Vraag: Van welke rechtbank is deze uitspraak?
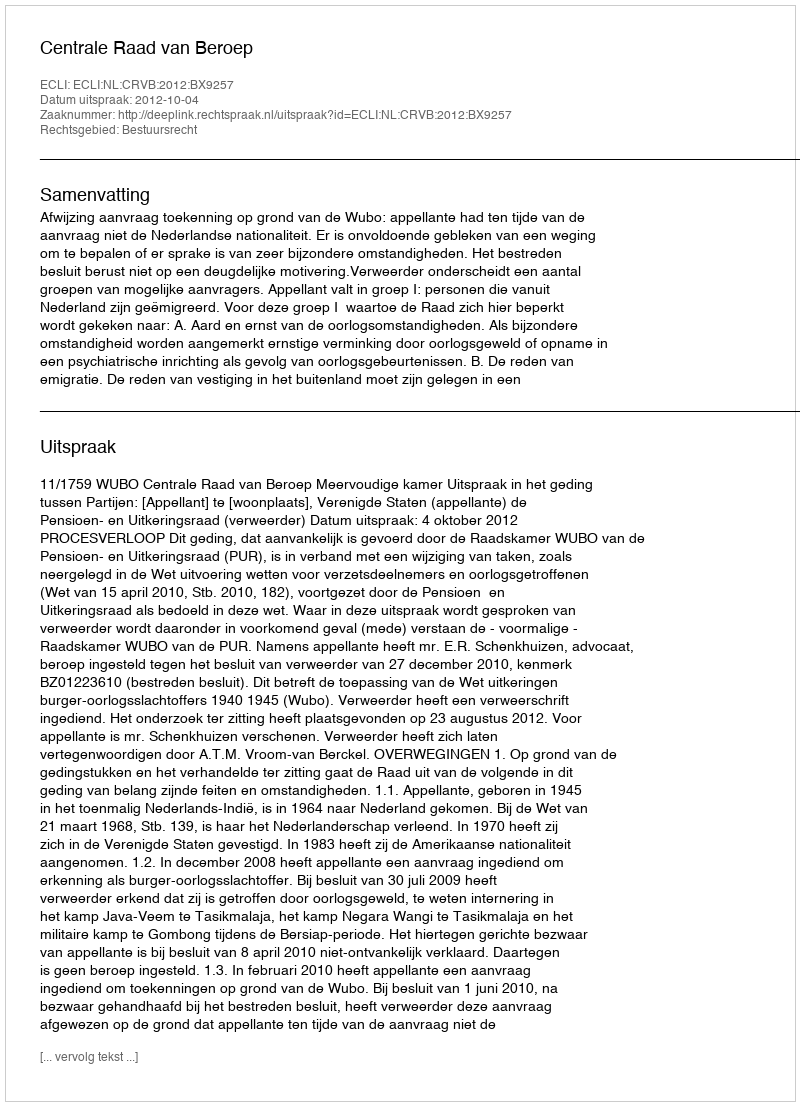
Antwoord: Centrale Raad van Beroep